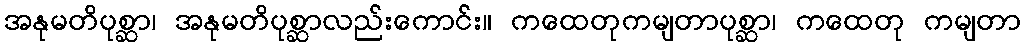
အနုမတိပုစ္ဆာ၊ အနုမတိပုစ္ဆာလည်းကောင်း။ ကထေတုကမျတာပုစ္ဆာ၊ ကထေတု ကမျတာ